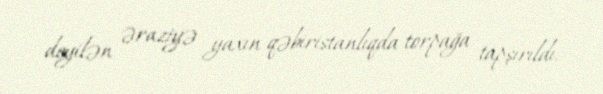
deyilən əraziyə yaxın qəbiristanlıqda torpağa tapşırıldı.